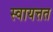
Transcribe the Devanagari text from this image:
स्वायत्तत